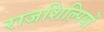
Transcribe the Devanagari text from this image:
राजशिल्पियों